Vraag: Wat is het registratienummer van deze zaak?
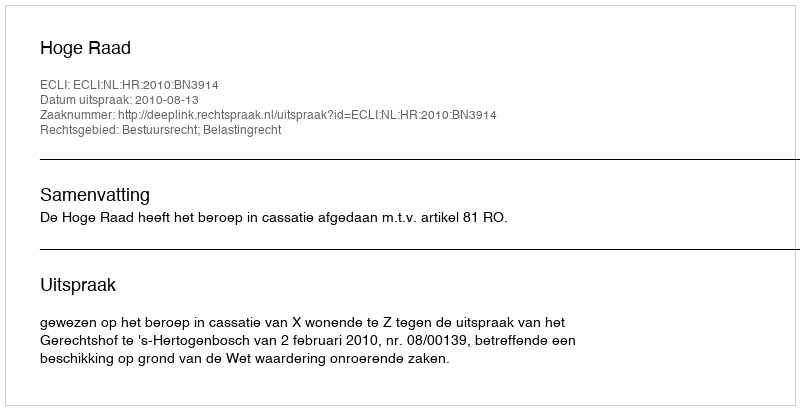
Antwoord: http://deeplink.rechtspraak.nl/uitspraak?id=ECLI:NL:HR:2010:BN3914